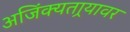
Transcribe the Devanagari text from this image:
अजिंक्यतार्‍यावर